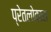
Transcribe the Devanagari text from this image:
प्रेतलोकास